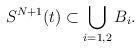
LaTeX: \begin{align*}S^{N+1}(t)\subset \bigcup_{i=1,2}B_i. \end{align*}